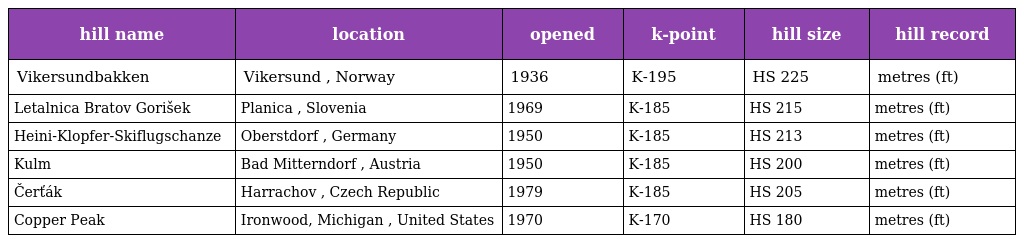
| hill name | location | opened | k-point | hill size | hill record |
 | --- | --- | --- | --- | --- | --- |
 | Vikersundbakken | Vikersund , Norway | 1936 | K-195 | HS 225 | metres (ft) |
 | Letalnica Bratov Gorišek | Planica , Slovenia | 1969 | K-185 | HS 215 | metres (ft) |
 | Heini-Klopfer-Skiflugschanze | Oberstdorf , Germany | 1950 | K-185 | HS 213 | metres (ft) |
 | Kulm | Bad Mitterndorf , Austria | 1950 | K-185 | HS 200 | metres (ft) |
 | Čerťák | Harrachov , Czech Republic | 1979 | K-185 | HS 205 | metres (ft) |
 | Copper Peak | Ironwood, Michigan , United States | 1970 | K-170 | HS 180 | metres (ft) |